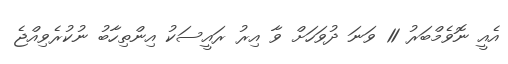
އެއީ ނޮވެމްބަރު 11 ވަނަ ދުވަހަށް ވާ އިރު ރައީސަކު އިންތިހާބު ނުކުރެވިއްޖެ